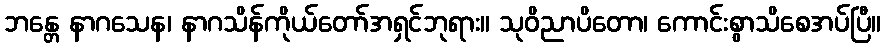
ဘန္တေ နာဂသေန၊ နာဂသိန်ကိုယ်တော်အရှင်ဘုရား။ သုဝိညာပိတော၊ ကောင်းစွာသိစေအပ်ပြီ။